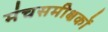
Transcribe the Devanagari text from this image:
मंचसमीक्षकों